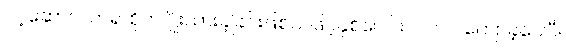
ပင့်ဆောင်လာ၍ စိုက်ပျိုးထားခဲ့ခြင်းဖြစ်သဖြင့်နှစ်ပေါင်း ၂ဝဝဝ ကျော်ခဲ့ပေပြီ။